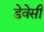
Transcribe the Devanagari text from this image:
डेवेसी